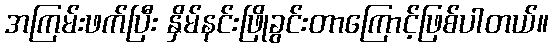
အကြမ်းဖက်ပြီး နှိမ်နင်းဖြိုခွင်းတာကြောင့်ဖြစ်ပါတယ်။